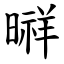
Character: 㬕